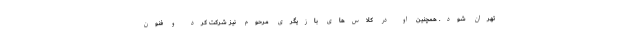
تهران شود. همچنین او در کلاس‌های بازیگری مرحوم نیز شرکت کرد و فنون